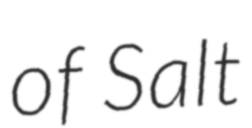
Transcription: of Salt